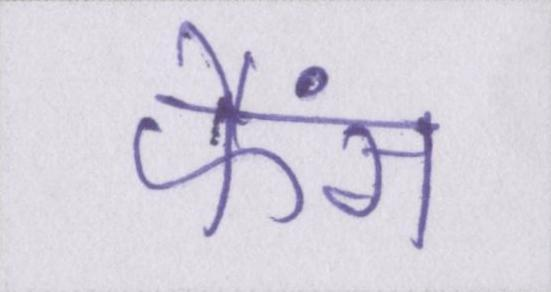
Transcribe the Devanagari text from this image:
फैंस